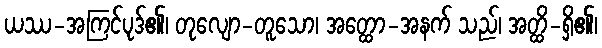
ယဿ-အကြင်ပုဒ်၏၊ တုလျော-တူသော၊ အတ္ထော-အနက် သည်၊ အတ္ထိ-ရှိ၏၊